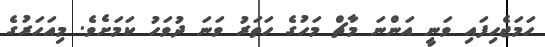
ހަމަޖެހިފައި ވަނީ އަންނަ މާޗް މަހުގެ ހަތަރު ވަނަ ދުވަހު ކަމަށެވެ. މިއަހަރުގެ